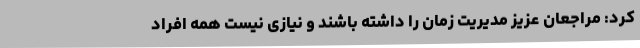
کرد: مراجعان عزیز مدیریت زمان را داشته باشند و نیازی نیست همه افراد